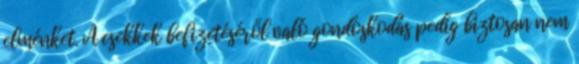
elménket. A csekkek befizetéséről való gondoskodás pedig biztosan nem